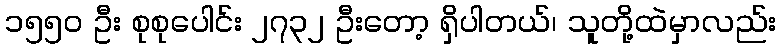
၁၅၅၀ ဦး စုစုပေါင်း ၂၇၃၂ ဦးတော့ ရှိပါတယ်၊ သူတို့ထဲမှာလည်း